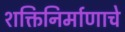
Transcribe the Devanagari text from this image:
शक्तिनिर्माणाचे